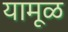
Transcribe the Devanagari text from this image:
यामूळ